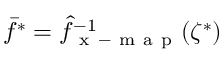
\bar { f } ^ { * } = \hat { f } _ { \mathrm { ~ x ~ - ~ m ~ a ~ p ~ } } ^ { - 1 } ( \zeta ^ { * } )